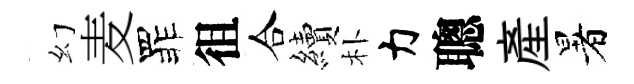
幻麦罪徂合續朴力聰産暑